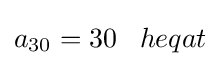
a_{30}=30\;\;\;heqat